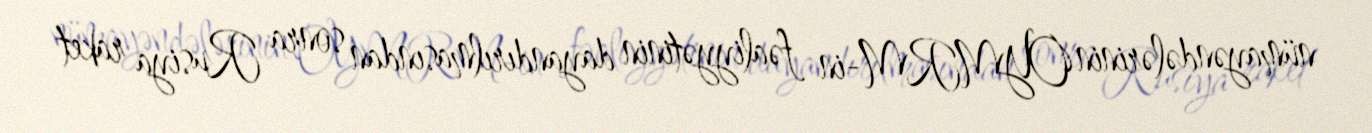
nümayəndələrinin OYMRM-in fəaliyyətinin dayandırılmasından sonra Rusiya raket